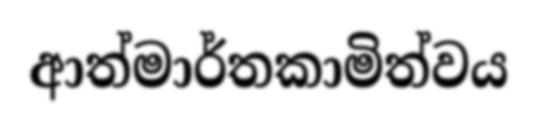
ආත්මාර්තකාමිත්වය